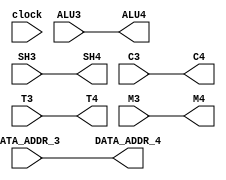
//////////////////////////////////////////////////////////
//////////////////////////////////////////////////////////
//					Microinstruction 2					//
//////////////////////////////////////////////////////////
//////////////////////////////////////////////////////////

module Microinstruction_2 (
	clock,
	ALU3,
	SH3,
	C3,
	T3,
	ALU4,
	SH4,
	C4,
	T4,
	DATA_ADDR_3,
	DATA_ADDR_4,
	M3,
	M4
);

/*****************************************************************
Modulo que implementa la segunda microintruccin del pipeline,
habria que chequear que en el momento inicial no flashee cualquiera.
******************************************************************/
	input clock;
	input [3:0] 		ALU3;
	input [1:0] 		SH3;
	input [5:0] 		C3;
	input [6:0] 		T3;
	input [10:0]		DATA_ADDR_3;
	input [1:0]			M3;
	output reg [3:0] 	ALU4;
	output reg [1:0] 	SH4;
	output reg [5:0] 	C4;
	output reg [6:0] 	T4;
	output reg [10:0]	DATA_ADDR_4;
	output reg [1:0]	M4;
	

	always @* 
	begin
		ALU4	=	ALU3;
		SH4	=	SH3;
		C4	=	C3;
		T4	=	T3;
		DATA_ADDR_4 = DATA_ADDR_3;
		M4 = M3;
	end
endmodule